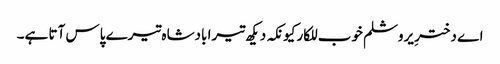
اے دخترِ یروشلم خوب للکار کیونکہ دیکھ تیرا بادشاہ تیرے پاس آتا ہے۔